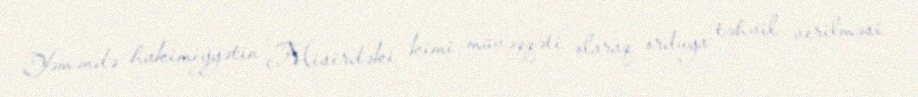
Yəməndə hakimiyyətin Misirdəki kimi müvəqqəti olaraq orduya təhvil verilməsi